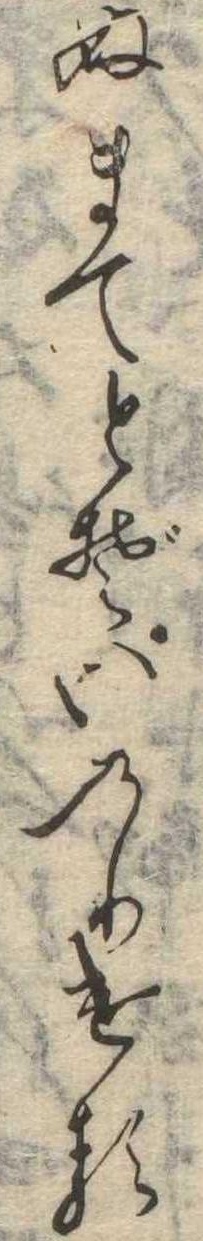
ぬまてとぞいのりける